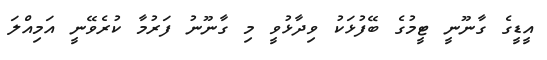
އީޑީގެ ގާނޫނީ ޓީމުގެ ބޭފުޅަކު ވިދާޅުވީ މި ގާނޫނު ފަރުމާ ކުރެވޭނީ އަމިއްލަ